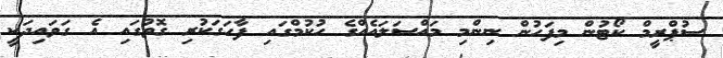
ސުޕްރީމް ކޯޓުން މިފަހުން ނިންމި މައްސަލައެއްގެ ހުކުމްގައި ފާހަގަކުރި ގޮތުގައި އެ ގަވައިދަކީ